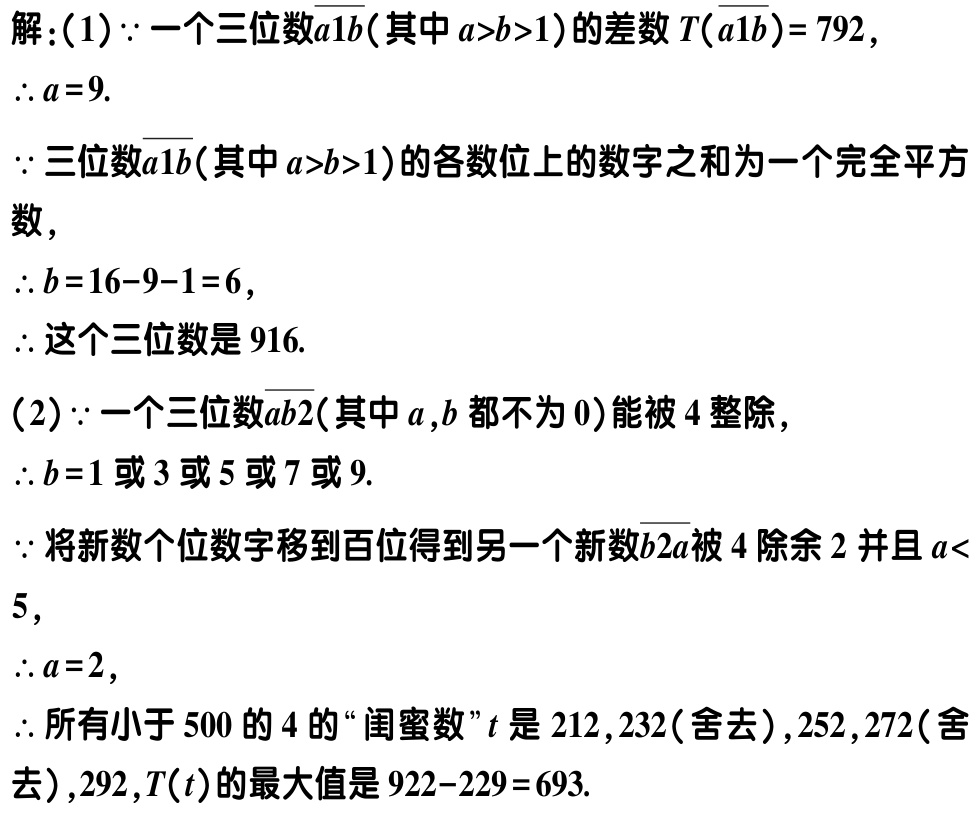
解：(1)$\because$一个三位数$\overline{a1b}$(其中$a > b > 1$)的差数$T(\overline{a1b}) = 792$，
$\therefore a = 9$.
$\because$三位数$\overline{a1b}$(其中$a > b > 1$)的各数位上的数字之和为一个完全平方数，
$\therefore b = 16 - 9 - 1 = 6$，
$\therefore$这个三位数是$916$.
(2)$\because$一个三位数$\overline{ab2}$(其中$a,b$都不为$0$)能被$4$整除，
$\therefore b = 1$或$3$或$5$或$7$或$9$.
$\because$将新数个位数字移到百位得到另一个新数$\overline{b2a}$被$4$除余$2$并且$a < 5$，
$\therefore a = 2$，
$\therefore$所有小于$500$的$4$的“闺蜜数”$t$是$212,232$(舍去),$252,272$(舍去),$292$,$T(t)$的最大值是$922 - 229 = 693$.